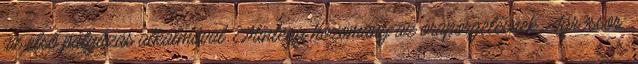
az első pályázás alkalmával. Mintegy hozomány az órapörgetésnek. Agr3ssor: